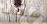
سيصاب